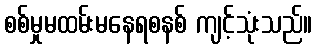
စစ်မှုမထမ်းမနေရစနစ် ကျင့်သုံးသည်။